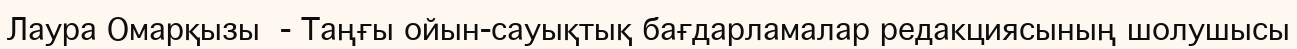
Лаура Омарқызы  - Таңғы ойын-сауықтық бағдарламалар редакциясының шолушысы